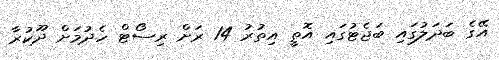
އޭގެ ބަދަލުގައި ބަޖެޓުގައި އޮތީ އިތުރު 14 ރަށް ރިސޯޓް ހެދުމަށް ދޫކުރާ